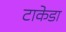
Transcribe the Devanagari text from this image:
टाकेडा